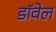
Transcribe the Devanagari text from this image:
डॉवेल